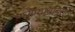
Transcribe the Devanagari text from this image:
घेण्याबाबत